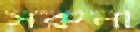
সরুনা